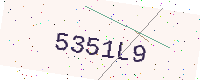
Text: 5351L9